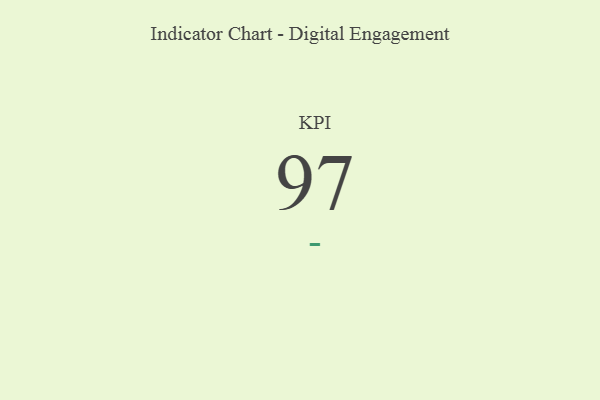
{"axis": {"x": "KPI", "y": "Value"}, "legend": [""], "data": [{"x": "KPI", "y": 97, "type": ""}]}